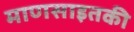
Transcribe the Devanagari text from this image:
माणसाइतकी